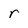
Character: r